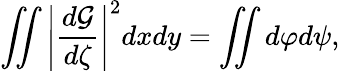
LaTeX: \iint\left|\frac{d\mathcal{G}}{d\zeta}\right|^{2}dxdy=\iint d\varphi d\psi,